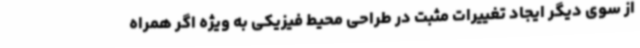
از سوی دیگر ایجاد تغییرات مثبت در طراحی محیط فیزیکی به ویژه اگر همراه